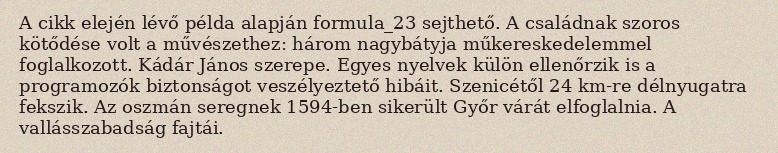
A cikk elején lévő példa alapján formula_23 sejthető. A családnak szoros kötődése volt a művészethez: három nagybátyja műkereskedelemmel foglalkozott. Kádár János szerepe. Egyes nyelvek külön ellenőrzik is a programozók biztonságot veszélyeztető hibáit. Szenicétől 24 km-re délnyugatra fekszik. Az oszmán seregnek 1594-ben sikerült Győr várát elfoglalnia. A vallásszabadság fajtái.